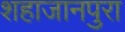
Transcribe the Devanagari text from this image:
शहाजानपुरा